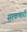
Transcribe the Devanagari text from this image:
सरकणारी